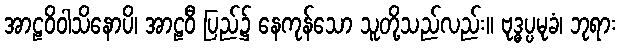
အာဠဝိဝါသိနောပိ၊ အာဠဝီ ပြည်၌ နေကုန်သော သူတို့သည်လည်း။ ဗုဒ္ဓပ္ပမုခံ၊ ဘုရား